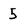
Character: 5